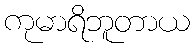
ကုမာရိဘူတာယ